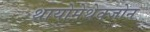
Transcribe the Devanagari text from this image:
थायोमेथेक्‍जोन